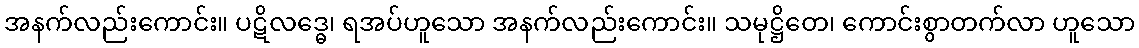
အနက်လည်းကောင်း။ ပဋိလဒ္ဓေ၊ ရအပ်ဟူသော အနက်လည်းကောင်း။ သမုဋ္ဌိတေ၊ ကောင်းစွာတက်လာ ဟူသော